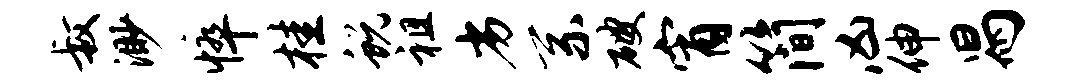
叔渺悴桂蜕祖劣系破宵简凶伸舄